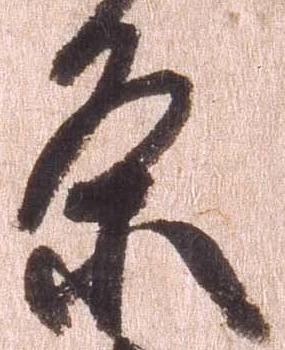
条